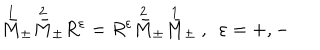
\stackrel { 1 } { \bar { M } } _ { \pm } \stackrel { 2 } { \bar { M } } _ { \pm } R ^ { \varepsilon } = R ^ { \varepsilon } \stackrel { 2 } { \bar { M } } _ { \pm } \stackrel { 1 } { \bar { M } } _ { \pm } \ , \ \ \varepsilon = + , - \,